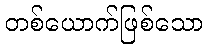
တစ်ယောက်ဖြစ်သော